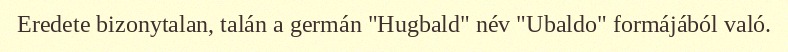
Eredete bizonytalan, talán a germán "Hugbald" név "Ubaldo" formájából való.